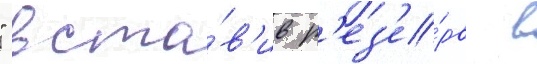
" вста́в'ив р'ез'е́рв в